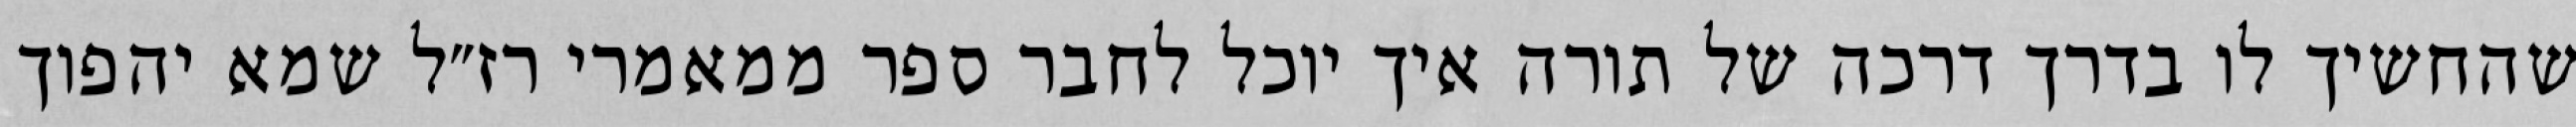
שהחשיך לו בדרך דרכה של תורה איך יוכל לחבר ספר ממאמרי רז״ל שמא יהפוך